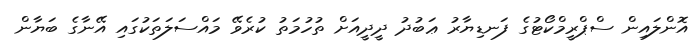
އޮންލައިން ސްޕްރީމްކޯޓުގެ ފަނޑިޔާރު ޢަބުދު ދީދީއަށް ތުހުމަތު ކުރެވޭ މައްސަލަތަކުގައި އޭނާގެ ބަޔާން